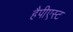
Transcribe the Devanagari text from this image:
हैपीएस्ट